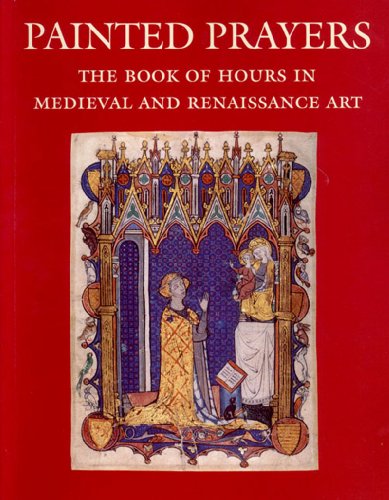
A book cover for Painted Prayers: The Book of Hours in Medieval and Renaissance Art; Roger S. Wieck; Crafts, Hobbies & Home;